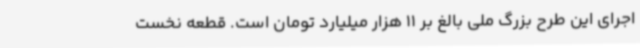
اجرای این طرح بزرگ ملی بالغ بر 11 هزار میلیارد تومان است. قطعه نخست